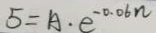
5 = A \cdot e ^ { - 0 . 0 6 n }